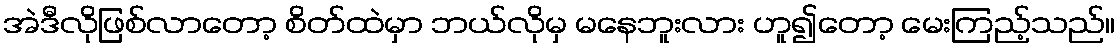
အဲဒီလိုဖြစ်လာတော့ စိတ်ထဲမှာ ဘယ်လိုမှ မနေဘူးလား ဟူ၍တော့ မေးကြည့်သည်။